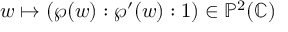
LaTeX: w \mapsto ( \wp ( w ) : \wp ^ { \prime } ( w ) : 1 ) \in \mathbb { P } ^ { 2 } ( \mathbb { C } )